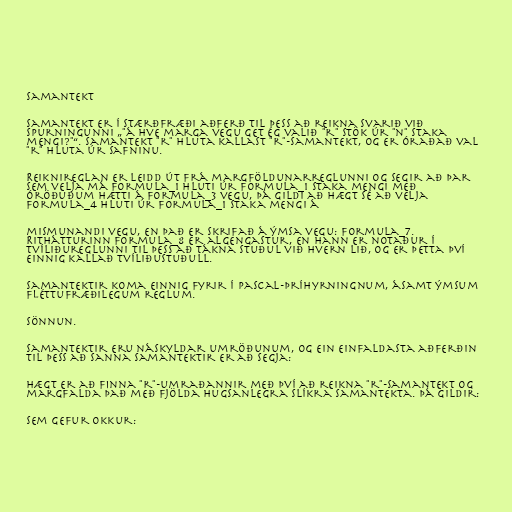
Samantekt

Samantekt er í stærðfræði aðferð til þess að reikna svarið við
spurningunni „"á hve marga vegu get ég valið "r" stök úr "n" staka
mengi?"“. Samantekt "r" hluta kallast "r"-samantekt, og er óraðað val
"r" hluta úr safninu.

Reiknireglan er leidd út frá margföldunarreglunni og segir að þar
sem velja má formula_1 hluti úr formula_1 staka mengi með
óröðuðum hætti á formula_3 vegu, þá gildi að hægt sé að velja
formula_4 hluti úr formula_1 staka mengi á

mismunandi vegu, en það er skrifað á ýmsa vegu: formula_7.
Rithátturinn formula_8 er algengastur, en hann er notaður í
tvíliðureglunni til þess að tákna stuðul við hvern lið, og er þetta því
einnig kallað tvíliðustuðull.

Samantektir koma einnig fyrir í Pascal-þríhyrningnum, ásamt ýmsum
fléttufræðilegum reglum.

Sönnun.

Samantektir eru náskyldar umröðunum, og ein einfaldasta aðferðin
til þess að sanna samantektir er að segja:

Hægt er að finna "r"-umraðannir með því að reikna "r"-samantekt og
margfalda það með fjölda hugsanlegra slíkra samantekta. Þá gildir:

sem gefur okkur: